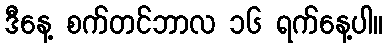
ဒီနေ့ စက်တင်ဘာလ ၁၆ ရက်နေ့ပါ။